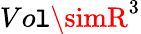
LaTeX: Vo\mathtt{l}\simR^{3}